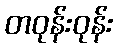
တဝုန်းဝုန်း